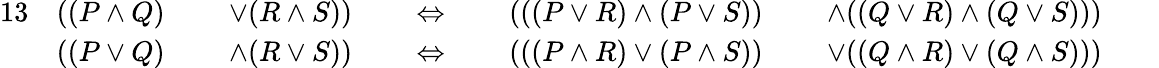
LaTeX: {\begin{array}{rlrlrlrlrlrl}{{13}}&{((P\land Q)}&&{\; \lor(R\land S))}&&{\; \Leftrightarrow\; }&&{(((P\lor R)\land(P\lor S))}&&{\; \land((Q\lor R)\land(Q\lor S)))}&&{}\\ &{((P\lor Q)}&&{\; \land(R\lor S))}&&{\; \Leftrightarrow\; }&&{(((P\land R)\lor(P\land S))}&&{\; \lor((Q\land R)\lor(Q\land S)))}&&{}\end{array}}